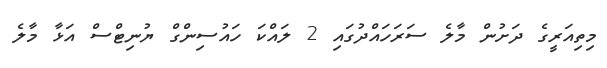
މިިތިއަރީގެ ދަށުން މާލެ ސަރަހައްދުގައި 2 ލައްކަ ހައުސިންގް ޔުނިޓްސް އަޅާ މާލެ